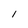
Character: l